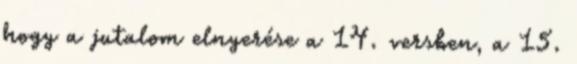
hogy a jutalom elnyerése a 14. versben, a 15.